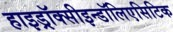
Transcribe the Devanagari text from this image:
हाइड्रॉक्सीइन्डॉलिएसिटिक